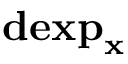
\mathbf { d e x p } _ { \mathbf { x } }